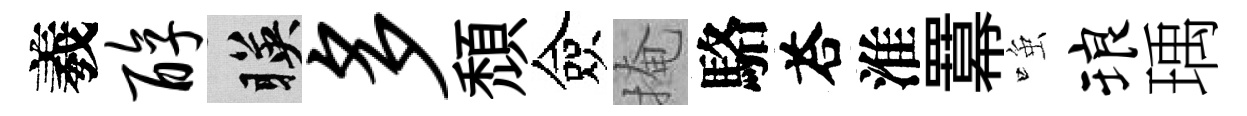
羲醇暎多頹僉掩駱荅淮羃𫪻琅瑀